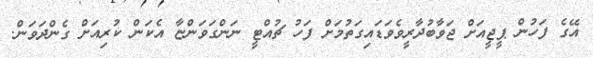
އޭގެ ފަހުން ޕީޖީއަށް ޖަވާބުދާރީވެވަޑައިގަތުމަށް ފަހު ޗުއްޓީ ނަންގަވަންޏާ އެކަން ކުރިއަށް ގެންދަވަން.